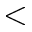
<